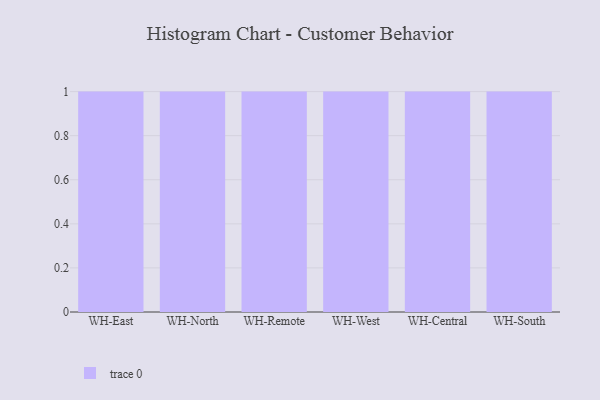
{"axis": {"x": "Warehouse", "y": "Headcount"}, "legend": [""], "data": [{"x": "WH-East", "y": 75, "type": ""}, {"x": "WH-North", "y": 38, "type": ""}, {"x": "WH-Remote", "y": 8, "type": ""}, {"x": "WH-West", "y": 68, "type": ""}, {"x": "WH-Central", "y": 78, "type": ""}, {"x": "WH-South", "y": 21, "type": ""}]}